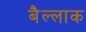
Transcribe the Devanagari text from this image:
बैल्लाक